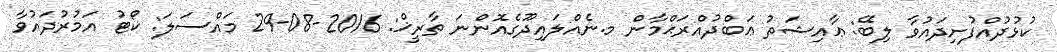
ކުޅުދުއްފުށިދައުވާ ލިބޭ: ޢާއިޝަތު ޢަބްދުއްރަޙްމާން މ.ނެއްލައިދޫގެއޮންނަ ތާރީޚް: 2016-08-29 މައްސަލަ: ކޯޓު އަމުރުދައުވާ